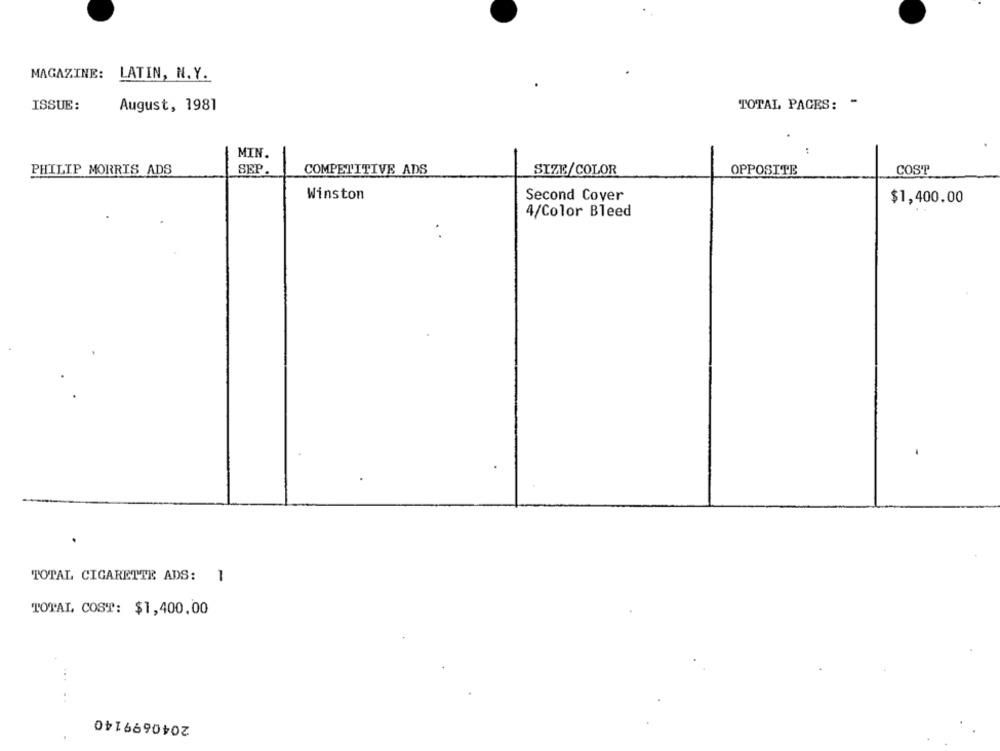
MAGAZINE: LATIN, N.Y.
ISSUE:
TOTAL PAGES: -
August, 1981
MIN.
PHILIP MORRIS ADS
SEP
COMPETITIVE ADS
SIZE/COLOR
OPPOSITE
COST
Winston
Second Cover
$1,400.00
4/Color Bleed
TOTAL CIGARETTE ADS: 1
TOTAL COST: $1,400.00
..
2040699140